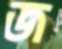
জ